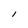
Character: l